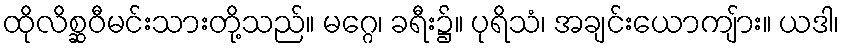
ထိုလိစ္ဆဝီမင်းသားတို့သည်။ မဂ္ဂေ၊ ခရီး၌။ ပုရိသံ၊ အချင်းယောကျ်ား။ ယဒါ၊